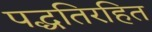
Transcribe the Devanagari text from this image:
पद्धतिरहित